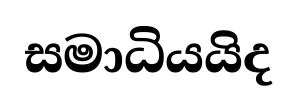
සමාධියයිද